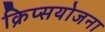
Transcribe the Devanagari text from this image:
क्रिप्सयोजना